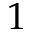
1